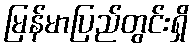
မြန်မာပြည်တွင်းရှိ